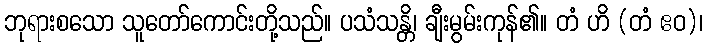
ဘုရားစသော သူတော်ကောင်းတို့သည်။ ပသံသန္တိ၊ ချီးမွမ်းကုန်၏။ တံ ဟိ (တံ ဧဝ)၊